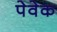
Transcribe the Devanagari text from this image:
पेवेक